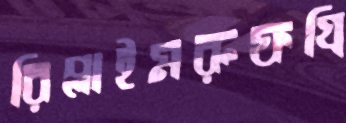
রিপ্লাইমরুফগ্রি